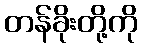
တန်ခိုးတို့ကို